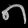
Digit: ၈